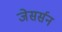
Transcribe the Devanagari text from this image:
जेसर्सन